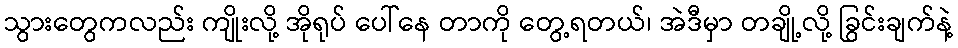
သွားတွေကလည်း ကျိုးလို့ အိုရုပ် ပေါ်နေ တာကို တွေ့ရတယ်၊ အဲဒီမှာ တချို့လို့ ခြွင်းချက်နဲ့